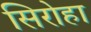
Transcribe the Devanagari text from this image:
सिरोहा